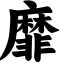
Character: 靡